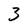
Character: 3